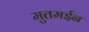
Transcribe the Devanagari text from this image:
मुतमईन